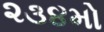
૨૩૪મો